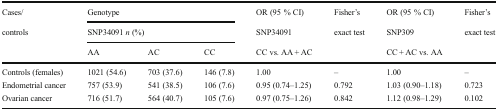
<table><thead><tr><td><b>Cases/</b></td><td colspan="3"><b>Genotype</b></td><td><b>OR (95 % CI)</b></td><td><b>Fisher’s</b></td><td><b>OR (95 % CI)</b></td><td><b>Fisher’s</b></td></tr><tr><td><b>controls</b></td><td colspan="3"><b>SNP34091 <i>n</i> (%)</b></td><td><b>SNP34091</b></td><td><b>exact test</b></td><td><b>SNP309</b></td><td><b>exact test</b></td></tr><tr><td></td><td><b>AA</b></td><td><b>AC</b></td><td><b>CC</b></td><td><b>CC vs. AA + AC</b></td><td></td><td><b>CC + AC vs. AA</b></td><td></td></tr></thead><tbody><tr><td>Controls (females)</td><td>1021 (54.6)</td><td>703 (37.6)</td><td>146 (7.8)</td><td>1.00</td><td>–</td><td>1.00</td><td>–</td></tr><tr><td>Endometrial cancer</td><td>757 (53.9)</td><td>541 (38.5)</td><td>106 (7.6)</td><td>0.95 (0.74–1.25)</td><td>0.792</td><td>1.03 (0.90–1.18)</td><td>0.723</td></tr><tr><td>Ovarian cancer</td><td>716 (51.7)</td><td>564 (40.7)</td><td>105 (7.6)</td><td>0.97 (0.75–1.26)</td><td>0.842</td><td>1.12 (0.98–1.29)</td><td>0.102</td></tr></tbody></table>